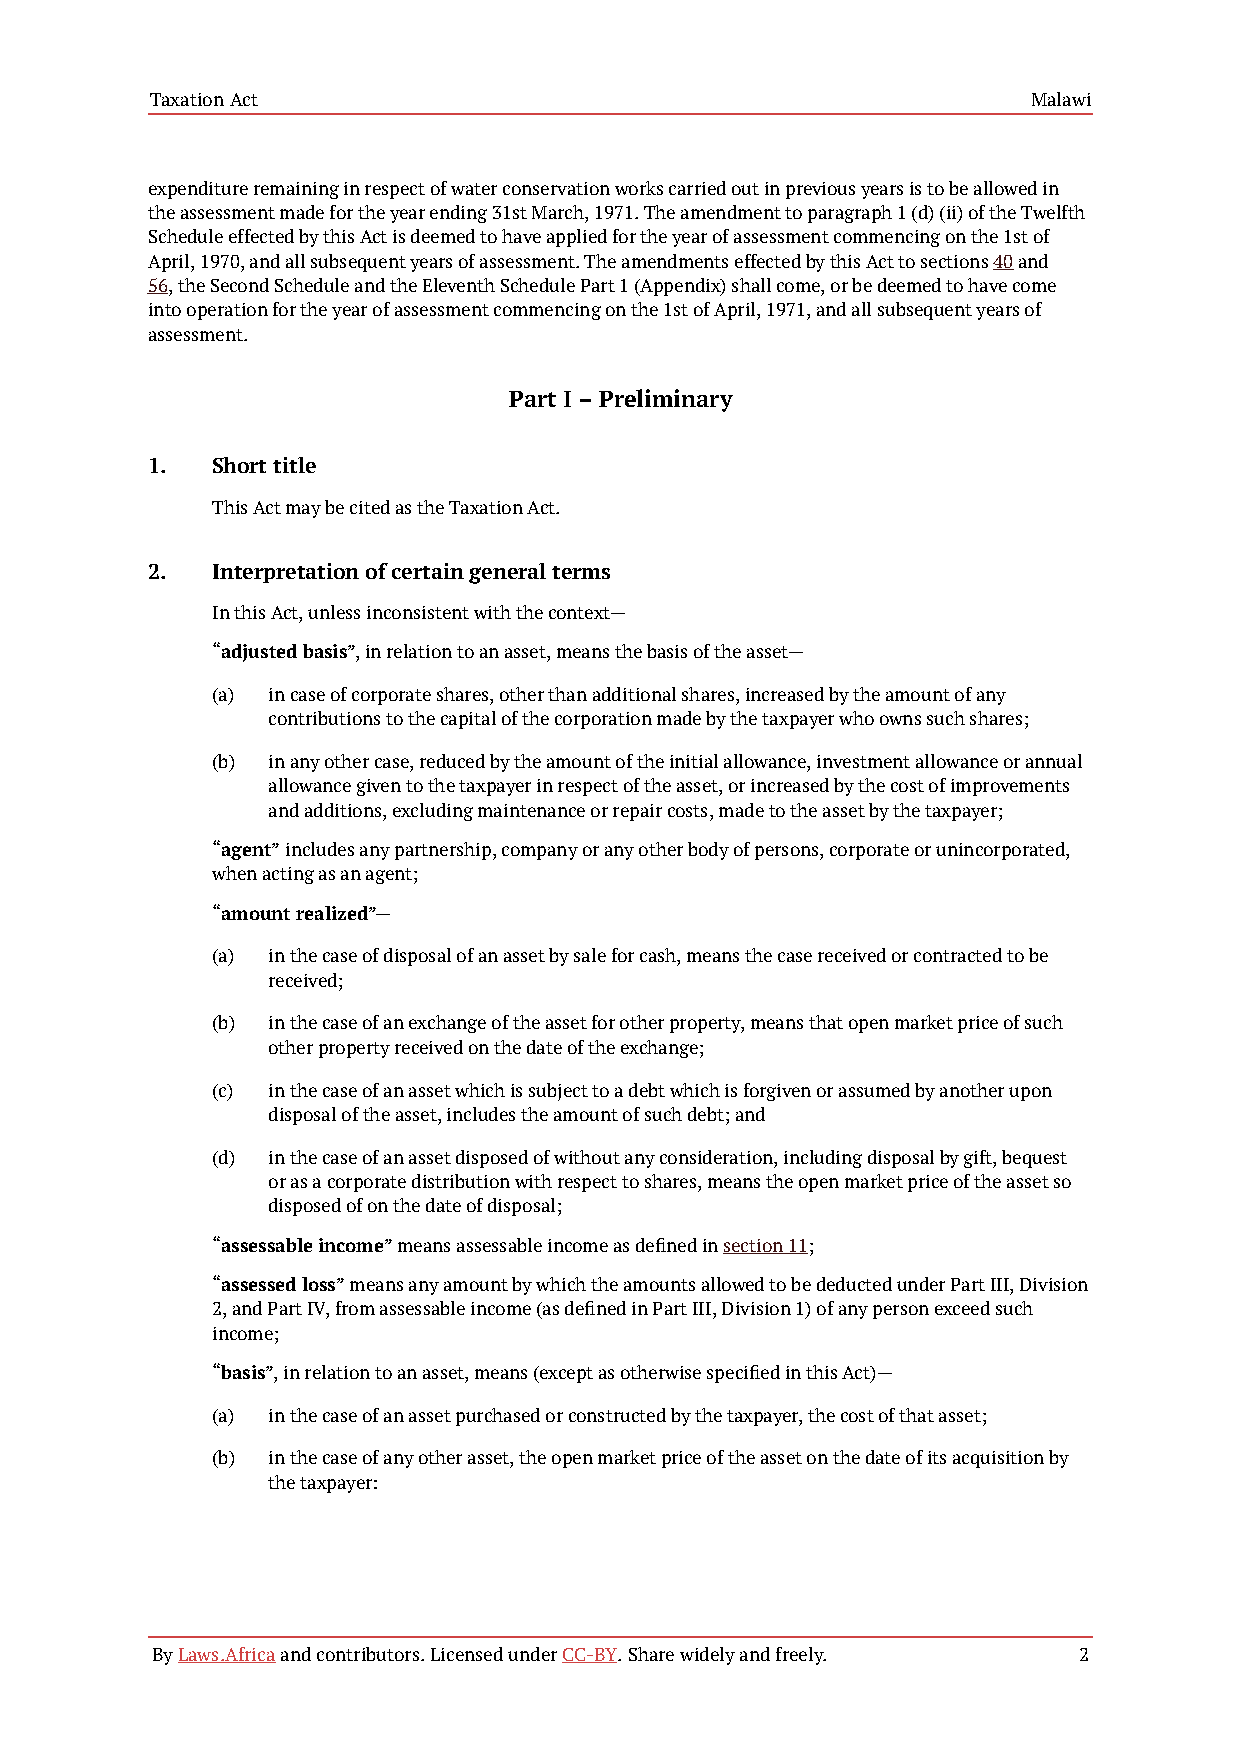
Taxation Act                                              Malawi
 expenditure remaining in respect of water conservation works carried out in previous years is to be allowed in
 the assessment made for the year ending 31st March, 1971. The amendment to paragraph 1 (d) (ii) of the Twelfth
 Schedule effected by this Act is deemed to have applied for the year of assessment commencing on the 1st of
 April, 1970, and all subsequent years of assessment. The amendments effected by this Act to sections 40 and
 56, the Second Schedule and the Eleventh Schedule Part 1 (Appendix) shall come, or be deemed to have come
 into operation for the year of assessment commencing on the 1st of April, 1971, and all subsequent years of
 assessment.
 Part I – Preliminary
 1.  Short title
 This Act may be cited as the Taxation Act.
 2.  Interpretation of certain general terms
 In this Act, unless inconsistent with the context—
 “adjusted basis”, in relation to an asset, means the basis of the asset—
 (a) in case of corporate shares, other than additional shares, increased by the amount of any
 contributions to the capital of the corporation made by the taxpayer who owns such shares;
 (b) in any other case, reduced by the amount of the initial allowance, investment allowance or annual
 allowance given to the taxpayer in respect of the asset, or increased by the cost of improvements
 and additions, excluding maintenance or repair costs, made to the asset by the taxpayer;
 “agent” includes any partnership, company or any other body of persons, corporate or unincorporated,
 when acting as an agent;
 “amount realized”—
 (a) in the case of disposal of an asset by sale for cash, means the case received or contracted to be
 received;
 (b) in the case of an exchange of the asset for other property, means that open market price of such
 other property received on the date of the exchange;
 (c) in the case of an asset which is subject to a debt which is forgiven or assumed by another upon
 disposal of the asset, includes the amount of such debt; and
 (d) in the case of an asset disposed of without any consideration, including disposal by gift, bequest
 or as a corporate distribution with respect to shares, means the open market price of the asset so
 disposed of on the date of disposal;
 “assessable income” means assessable income as defined in section 11;
 “assessed loss” means any amount by which the amounts allowed to be deducted under Part III, Division
 2, and Part IV, from assessable income (as defined in Part III, Division 1) of any person exceed such
 income;
 “basis”, in relation to an asset, means (except as otherwise specified in this Act)—
 (a) in the case of an asset purchased or constructed by the taxpayer, the cost of that asset;
 (b) in the case of any other asset, the open market price of the asset on the date of its acquisition by
 the taxpayer:
 By Laws.Africa and contributors. Licensed under CC-BY. Share widely and freely. 2